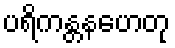
ပရိကန္တနဟေတု